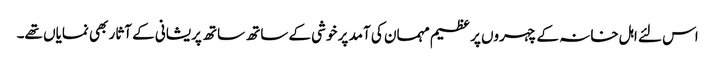
اس لئے اہل خانہ کے چہروں پر عظیم مہمان کی آمد پر خوشی کے ساتھ ساتھ پریشانی کے آثار بھی نمایاں تھے۔